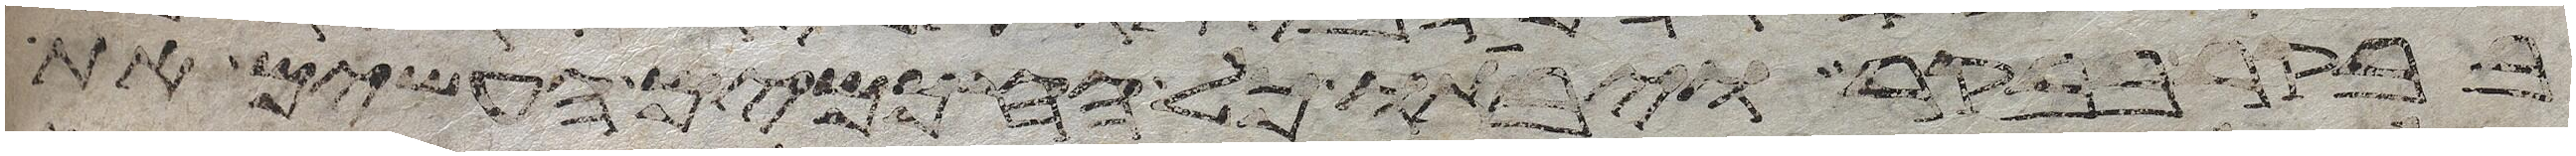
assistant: בבקר בבקר ויביאו כל החכמים העשים את